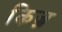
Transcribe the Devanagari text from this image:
किज़्र